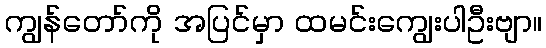
ကျွန်တော်ကို အပြင်မှာ ထမင်းကျွေးပါဦးဗျာ။